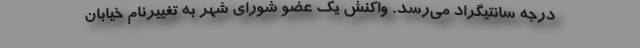
درجه سانتیگراد می‌رسد. واکنش یک عضو شورای شهر به تغییرنام خیابان